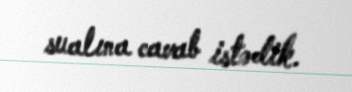
sualına cavab istədik.